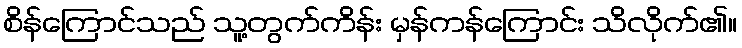
စိန်ကြောင်သည် သူ့တွက်ကိန်း မှန်ကန်ကြောင်း သိလိုက်၏။